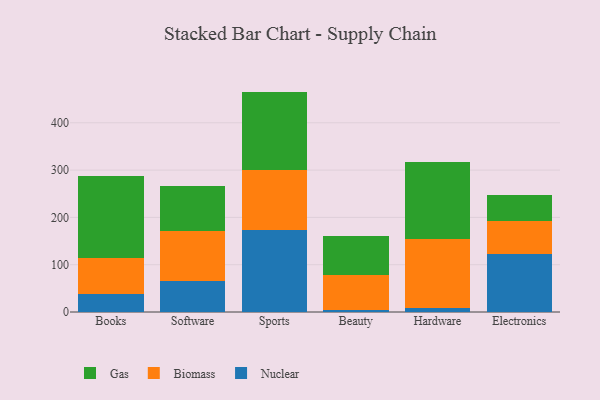
{"axis": {"x": "Category", "y": "Revenue (USD Million)"}, "legend": ["Biomass", "Gas", "Nuclear"], "data": [{"x": "Books", "y": 37.8, "type": "Nuclear"}, {"x": "Books", "y": 75.4, "type": "Biomass"}, {"x": "Books", "y": 175.2, "type": "Gas"}, {"x": "Software", "y": 65.8, "type": "Nuclear"}, {"x": "Software", "y": 105.6, "type": "Biomass"}, {"x": "Software", "y": 94.5, "type": "Gas"}, {"x": "Sports", "y": 173.2, "type": "Nuclear"}, {"x": "Sports", "y": 126.3, "type": "Biomass"}, {"x": "Sports", "y": 166.4, "type": "Gas"}, {"x": "Beauty", "y": 5.0, "type": "Nuclear"}, {"x": "Beauty", "y": 73.6, "type": "Biomass"}, {"x": "Beauty", "y": 82.6, "type": "Gas"}, {"x": "Hardware", "y": 9.0, "type": "Nuclear"}, {"x": "Hardware", "y": 145.9, "type": "Biomass"}, {"x": "Hardware", "y": 161.7, "type": "Gas"}, {"x": "Electronics", "y": 123.4, "type": "Nuclear"}, {"x": "Electronics", "y": 68.2, "type": "Biomass"}, {"x": "Electronics", "y": 55.5, "type": "Gas"}]}